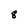
Character: 8